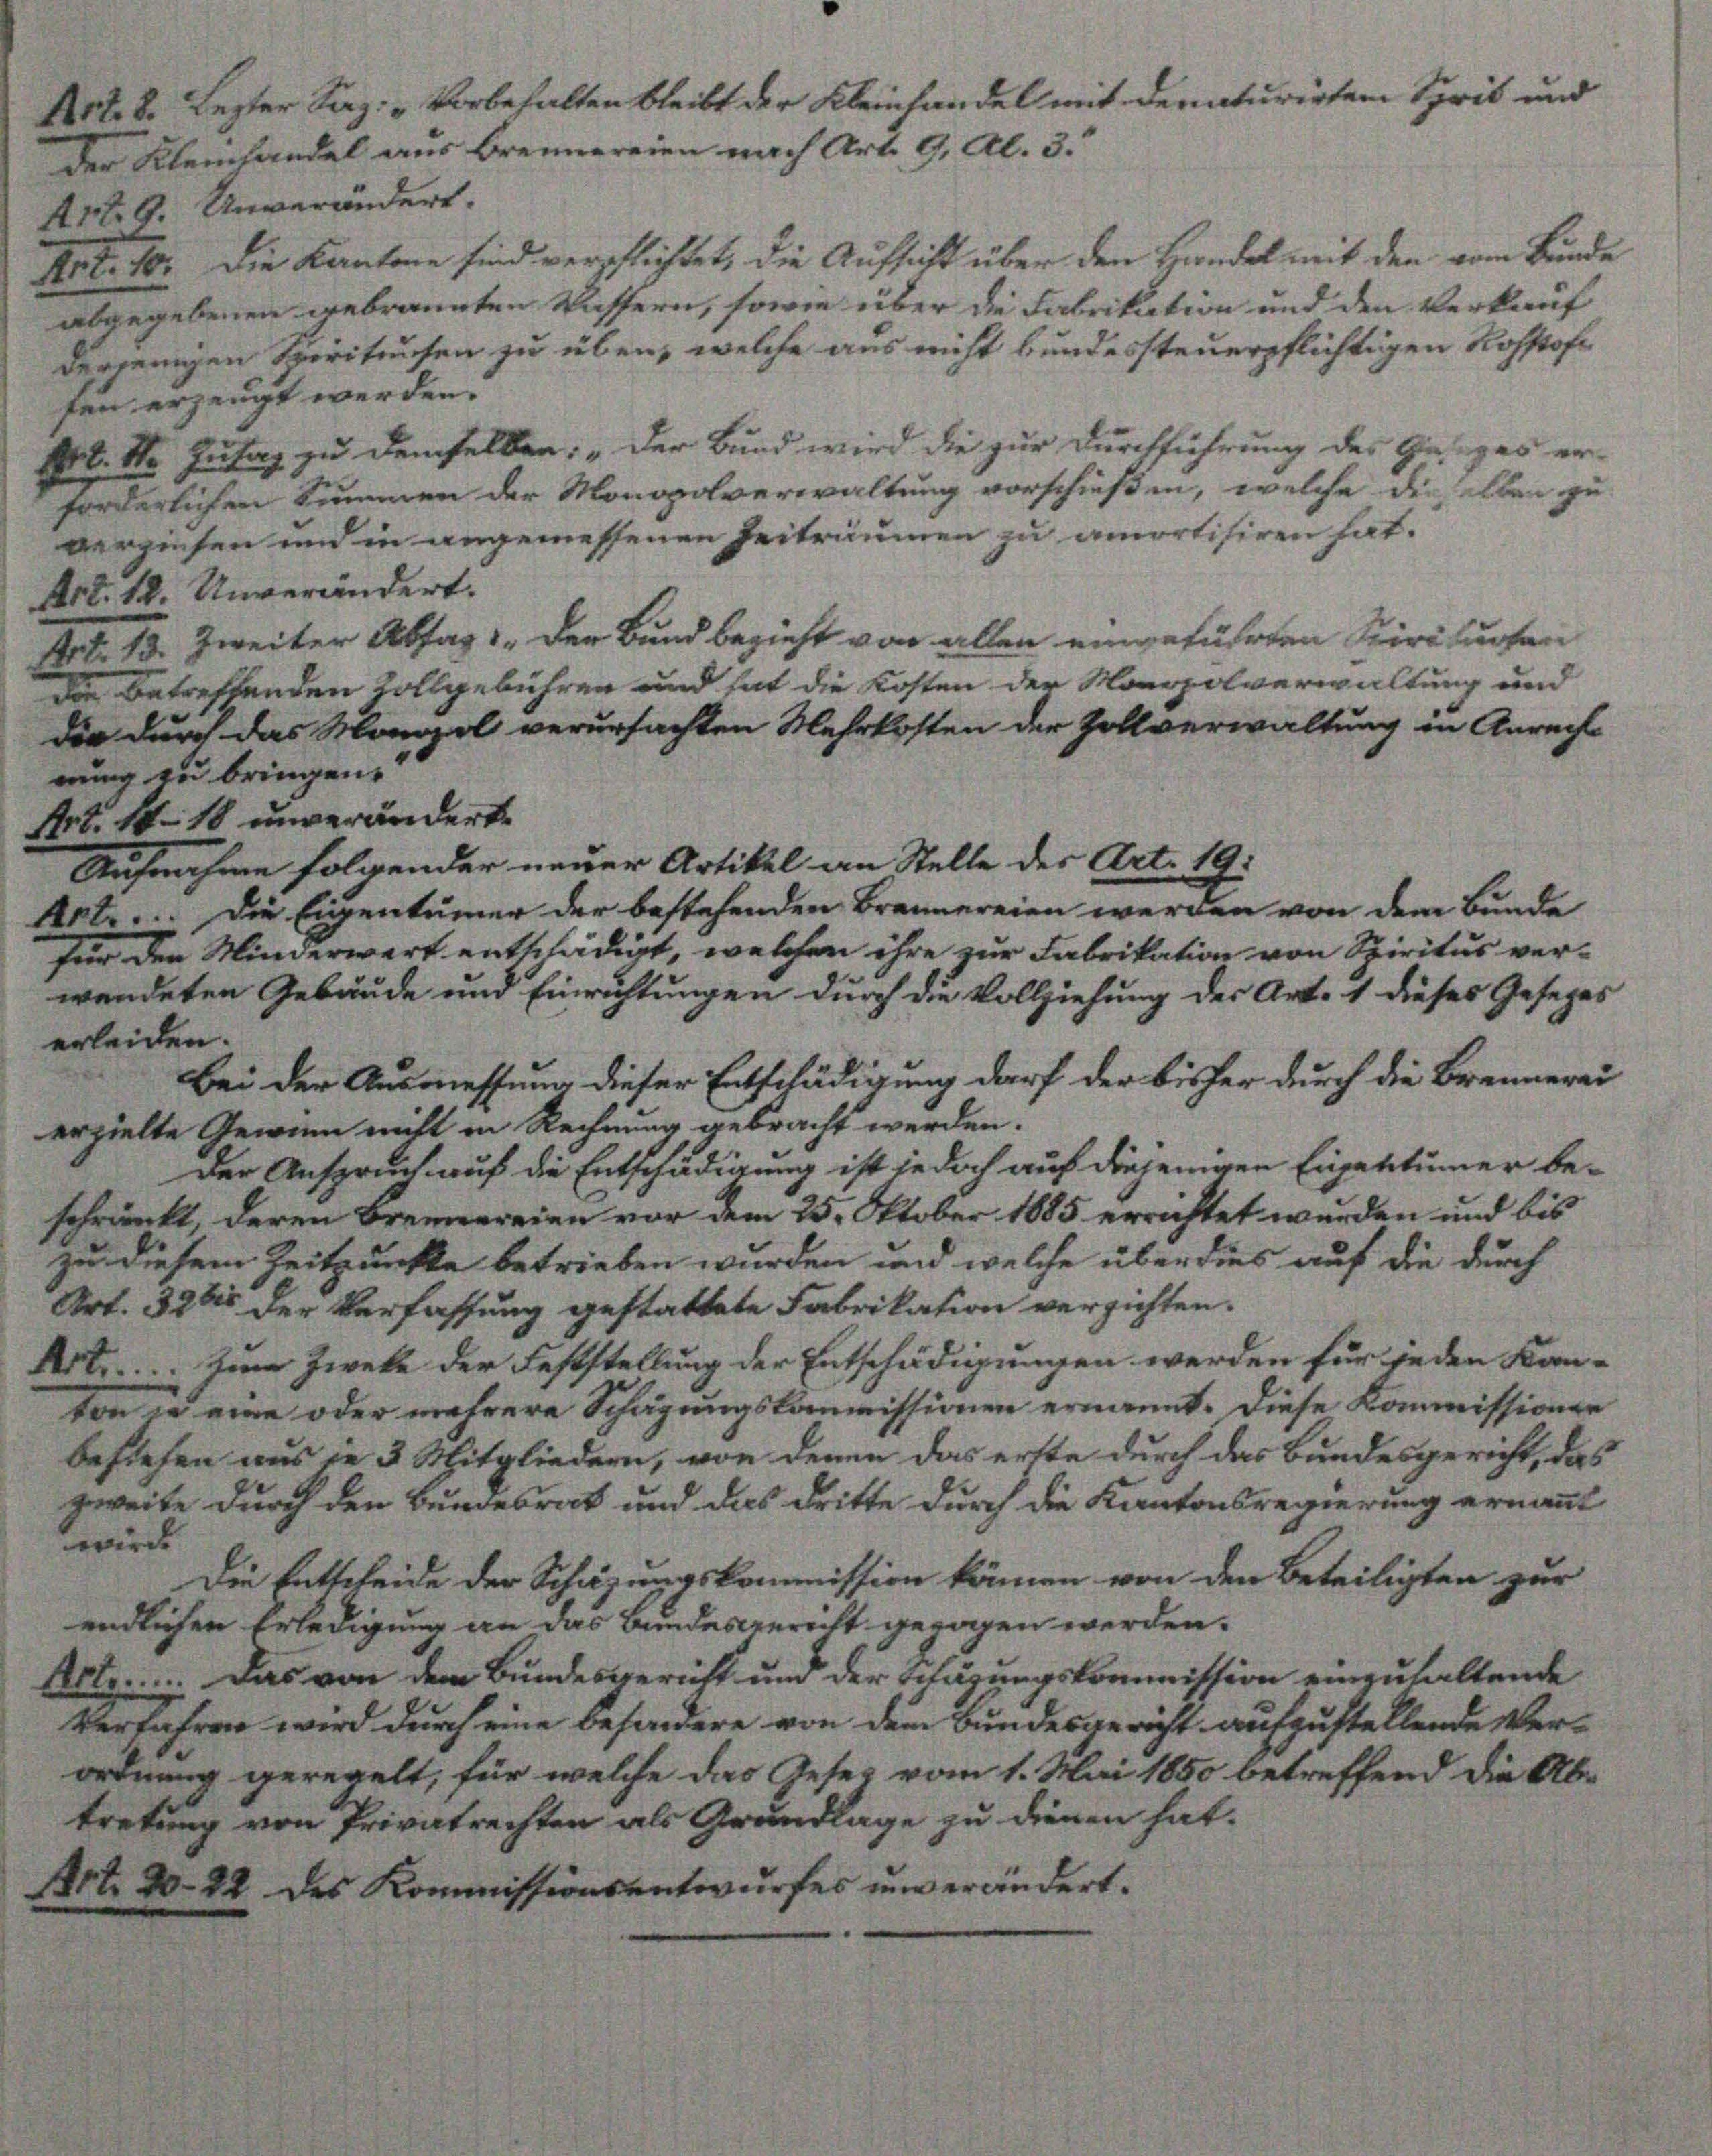
bleibt der Kleinhandel in
ien nach Art. 9, Al. 3.

Art. 10. Die Kantone sind verschlichtet, die Aufsicht über den Handel mit den vom Bunde
abgegebenen gebrannten Wassern, sowie über die Fabrikation und den Verkauf
derjenigen Speritausen zu über, welche aus nicht bundessteuerpflichtigen Rohstof
sen erzeugt werden.
Frk. 1. Intag zu demselben: „Der Bund wird die zur Durchführung des Gesezes
forderlichen Summen der Monopolverwaltung vorschießen, welche die Aben
verzinsen und in angemessenen Zeiträumen zu amortisiren hat.
Art. 12. Unverändert.
Art. 13. Zweiter Absag 1. Der Bund bezieht von allen eingeführten Spiriturten
Die betreffenden Zollgebühren und hat die Kosten der Mongolverwaltung und
die durch das Monopel verursachten Mehrkosten der Zollverwaltung in Aure
nung zu bringen.
Art. 1418 unverändert.
Aufnahme folgender neuer Artikel an Stelle des Art. 19.
Art.... Die Eigentümer der bestehenden Brennereien werden von dem Bunde
für den Minderwert entschädigt, welchen ihre zur Fabrikation von Spiritus ver-
wendeten Gebäude und Einrichtungen durch die Vollziehung der Art. 1 dieses Gesetzes
erleiden.
Bei der Ausmessung dieser Entschädigung darf der bisher durch die Brennerzielte Gewinn nicht in Rechnung gebracht werden.
Der Anspruch auf die Entschädigung ist jedoch auf diejenigen Eigentümer beschränkt, deren Brennereien vor dem 25. Oktober 1885 errichtet wurden und bezu diesem Zeitpunkte betrieben wurden und welche über dies auf die durch
Art. 328 der Verfassung gestattete Fabrikation verzichten.
Art. Zum Zwecke der Feststellung der Entschädigungen werden für jeden Ko
von in eine oder mehrere Schazungskommissionen ernannt. Diese Kommission
beziehen aus je 3 Mitgliedern, von denen das erste durch das Bundesgericht,
zweite durch den Bundesrat und das dritte durch die Kantonsregierung erna
wird.
Die Entscheide der Schazungskommission können von den Beteiligten zur
endlichen Erledigung an das Bundesgericht geragen werden.
Alte . . . . . . .   Das von dem Bundesgericht und der Schäzungskommission einzuhaltende
Verfahren wird durch eine besondere von dem Bundesgericht aufzustellende Be-
ordnung geregelt, für welche das Gesetz vom 1. Mai 1850 betreffend die k.
tretung von Privatrechten als Grundlage zu dienen hat.

n

u

bef
Bre